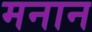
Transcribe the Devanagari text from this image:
मनान